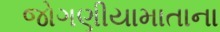
જોગણીયામાતાના